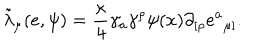
{ \tilde { \lambda } } _ { \mu } ( e , \psi ) = { \frac { \kappa } { 4 } } \gamma _ { a } \gamma ^ { \rho } \psi ( x ) \partial _ { [ \rho } e { ^ a } _ { \mu ] } .